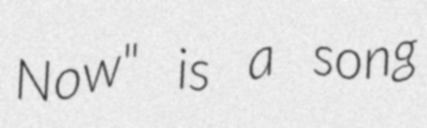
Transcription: Now" is a song